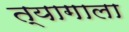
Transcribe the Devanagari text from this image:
त्यागाला